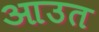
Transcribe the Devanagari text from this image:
आउत